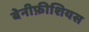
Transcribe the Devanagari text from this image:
बेनीफ़ीशियस